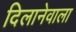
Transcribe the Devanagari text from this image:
दिलानेवाला